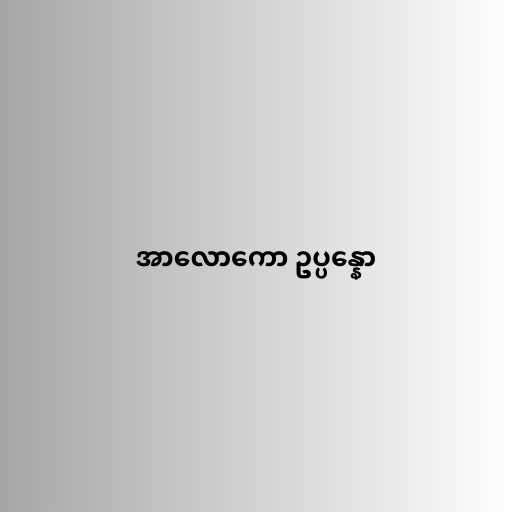
အာလောကော ဥပ္ပန္နော